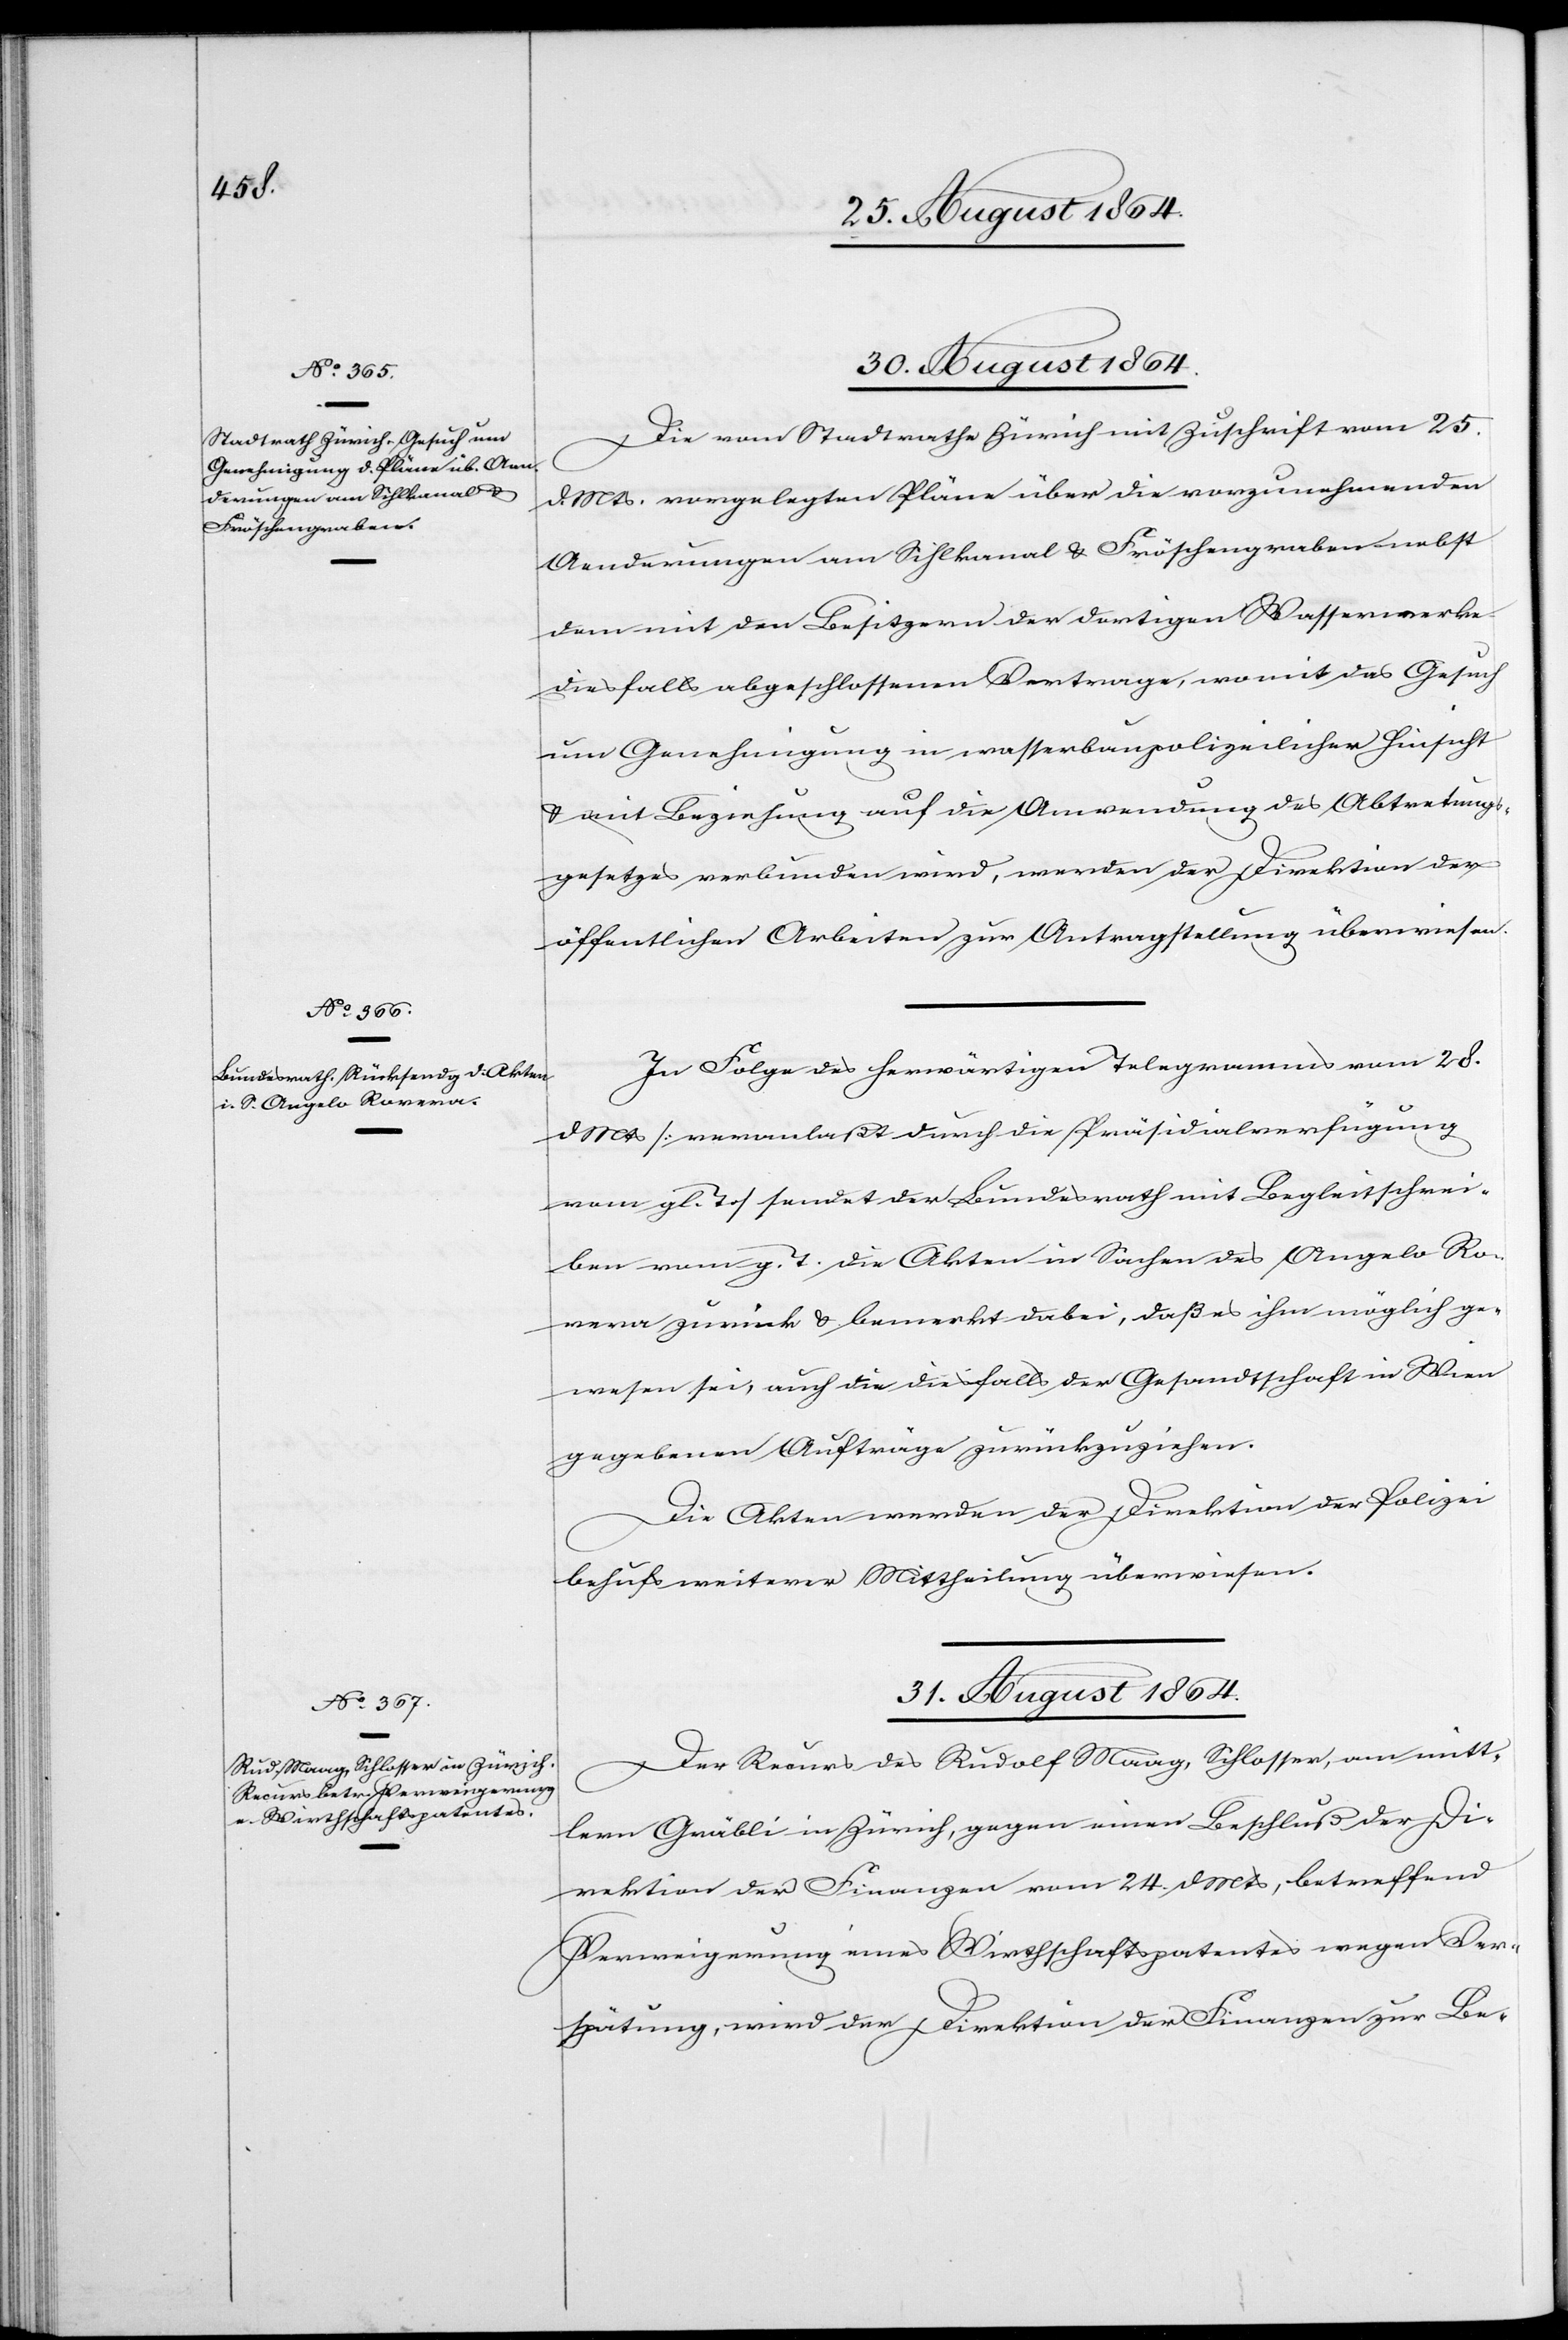
30. August 1864.]
Die vom Stadtrathe Zürich mit Zuschrift vom 25.
d. Mts. vorgelegten Pläne über die vorzunehmenden
Aenderungen am Sihlkanal & Fröschengraben nebst
dem mit den Besitzern der dortigen Wasserwerke
diesfalls abgeschlossenen Vertrage, womit das Gesuch
um Genehmigung in wasserbaupolizeilicher Hinsicht
& mit Beziehung auf die Anwendung des Abtretungs¬
gesetzes verbunden wird, werden der Direktion der
öffentlichen Arbeiten zur Antragstellung überwiesen.
In Folge des herwärtigen Telegramms vom 28.
d.
Mts. [veranlaßt durch die Präsidialverfügung
vom gl. T.] sendet der Bundesrath mit Begleitschrei¬
ben vom g. T. die Akten in Sachen des Angelo Ro¬
vera zurück & bemerkt dabei, daß es ihm möglich ge¬
wesen sei, auch die diesfalls der Gesandtschaft in Wien
gegebenen Aufträge zurückzuziehen.
Die Akten werden der Direktion der Polizei
behufs weiterer Mittheilung überwiesen.
31. August 1864.
Der Recurs des Rudolf Maag, Schlosser, am mitt¬
lern Gräbli in Zürich, gegen einen Beschluß der Di¬
rektion der Finanzen vom 24. d. Mts, betreffend
Verweigerung eines Wirthschaftspatentes wegen Ver¬
spätung, wird der Direktion der Finanzen zur Be-